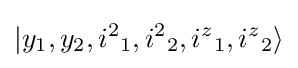
|y_{1},y_{2},{i^{2}}_{1},{i^{2}}_{2},{i^{z}}_{1},{i^{z}}_{2}\rangle